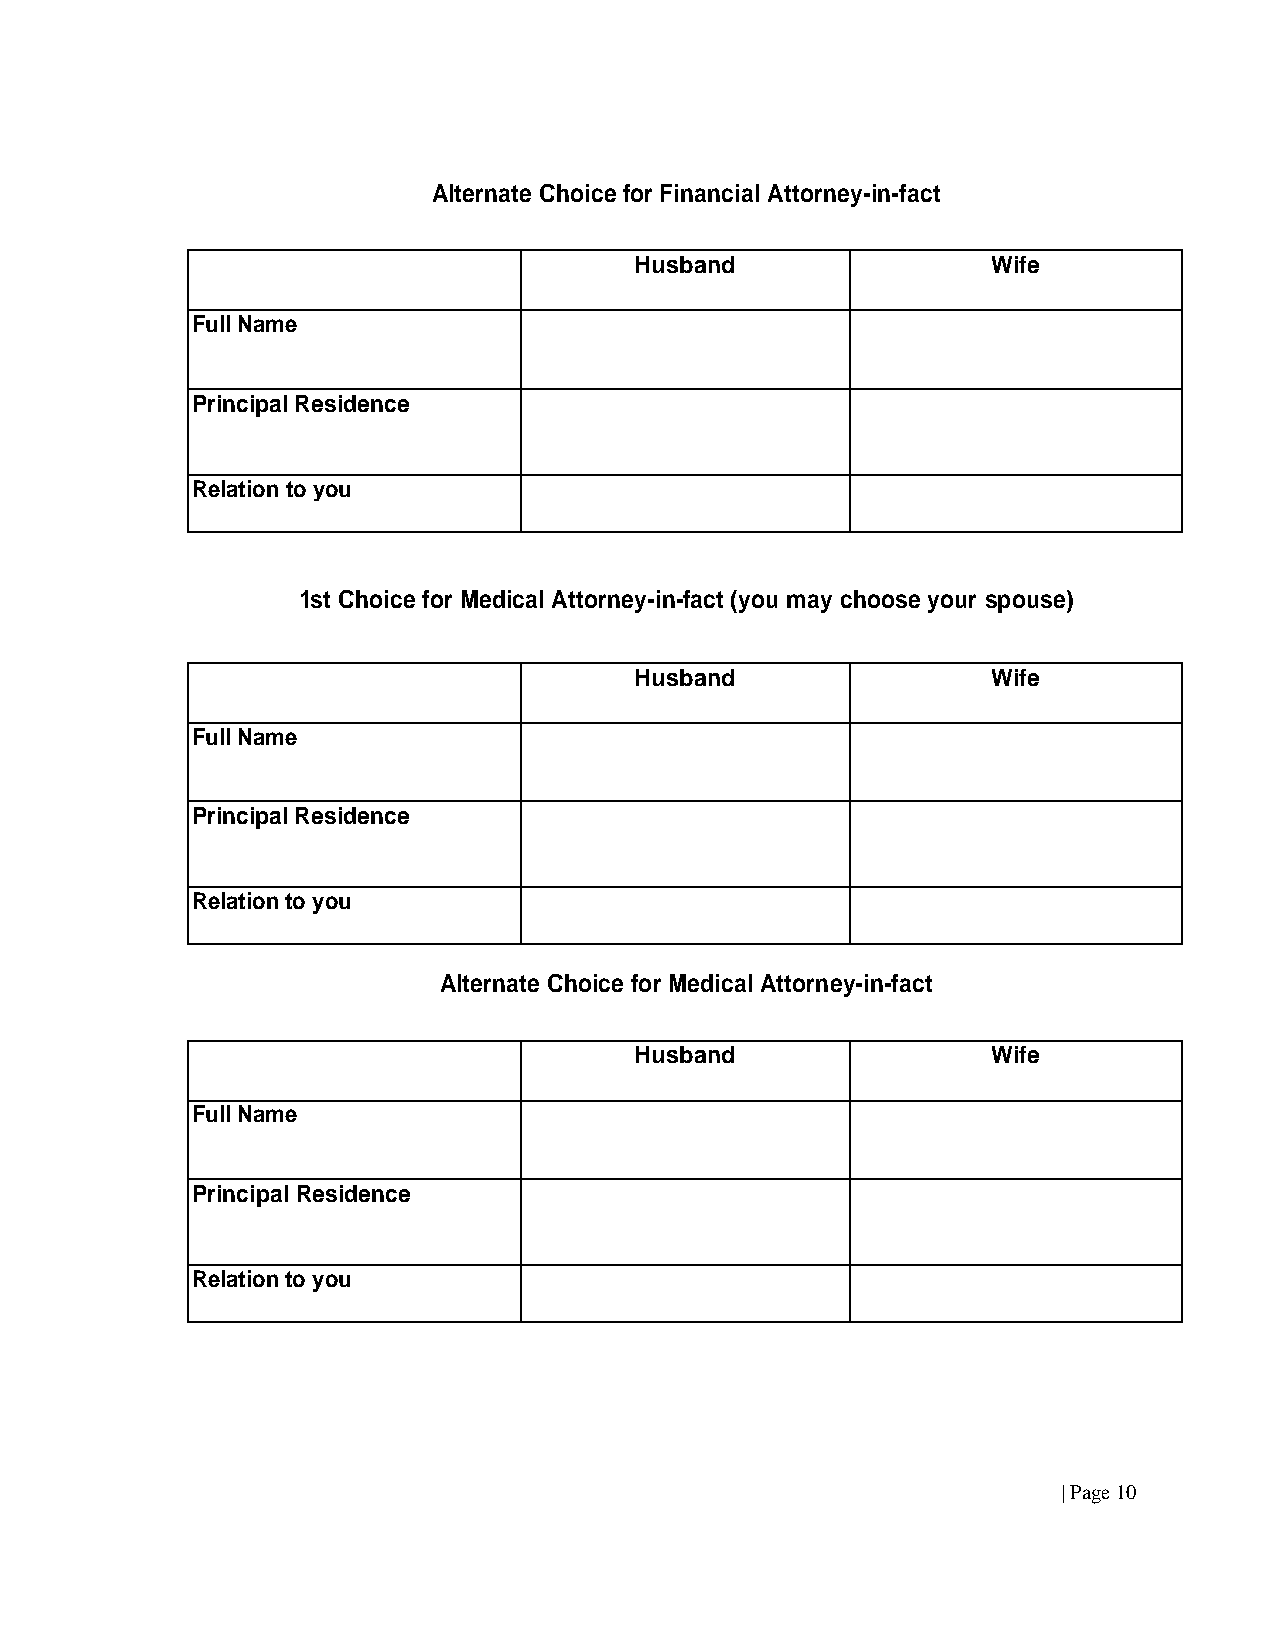
Alternate Choice for Financial Attorney-in-fact
 Husband                 Wife
 Full Name
 Principal Residence
 Relation to you
 1st Choice for Medical Attorney-in-fact (you may choose your spouse)
 Husband                 Wife
 Full Name
 Principal Residence
 Relation to you
 Alternate Choice for Medical Attorney-in-fact
 Husband                 Wife
 Full Name
 Principal Residence
 Relation to you
 | Page 10